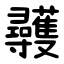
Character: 彠